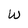
Character: W